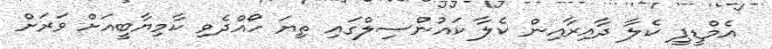
އެމްޑީޕީ ކެލާ ދާއިރާއިން ކެލާ ކައުންސިލްގައި ތިޔަ ހޯއްދެވި ކާމިޔާބީއަށް ވަރަށް